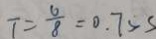
T = \frac { 6 } { 8 } = 0 . 7 5 s